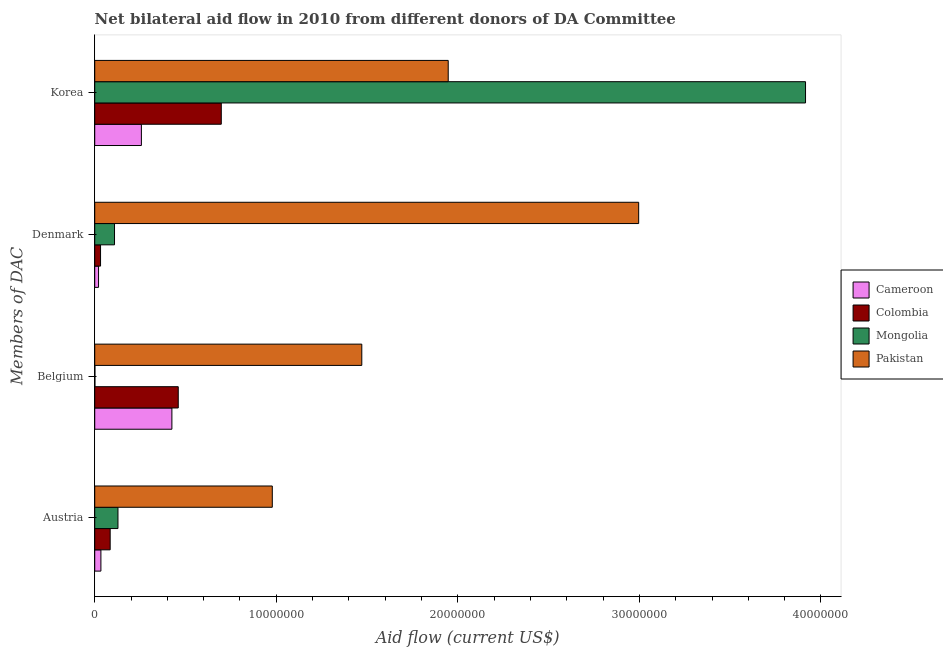
| Members of DAC | Cameroon | Colombia | Mongolia | Pakistan |
 | --- | --- | --- | --- | --- |
 | Austria | 3.4e+05 | 8.5e+05 | 1.28e+06 | 9.78e+06 |
 | Belgium | 4.25e+06 | 4.6e+06 | 1e+04 | 1.47e+07 |
 | Denmark | 2.1e+05 | 3.2e+05 | 1.09e+06 | 3e+07 |
 | Korea | 2.57e+06 | 6.97e+06 | 3.92e+07 | 1.95e+07 |